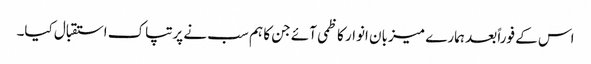
اس کے فوراً بعد ہمارے میزبان انوار کاظمی آئے جن کا ہم سب نے پرتپاک استقبال کیا۔